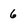
Character: 6